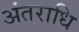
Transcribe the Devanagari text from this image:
अंतराधि